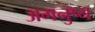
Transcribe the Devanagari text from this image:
अमनुष्य